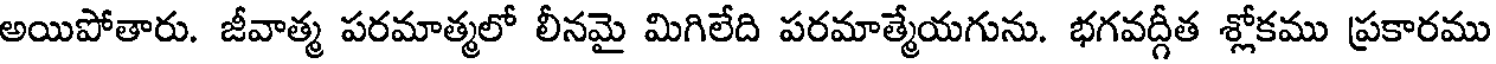
అయిపోతారు. జీవాత్మ పరమాత్మలో లీనమై మిగిలేది పరమాత్మేయగును. భగవద్గీత శ్లోకము ప్రకారము